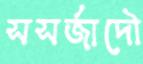
সসর্জাদৌ